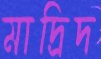
মাদ্রিদ